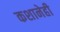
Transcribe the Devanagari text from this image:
कशानेही